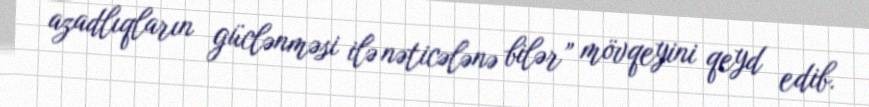
azadlıqların güclənməsi ilə nəticələnə bilər” mövqeyini qeyd edib.